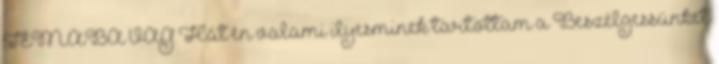
TÉMÁBA VÁG Hát én valami ilyesminek tartottam a Beszélgessünket